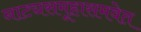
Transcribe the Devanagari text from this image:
नाट्यसमूहासमवेत